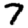
Digit: 7